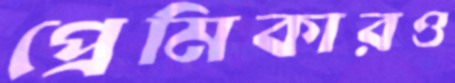
প্রেমিকারও